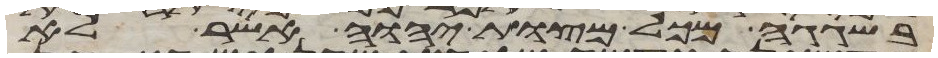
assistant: בשגגה מכל מצות יהוה אשר לא